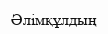
Әлімқұлдың